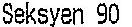
SEKSYEN 90